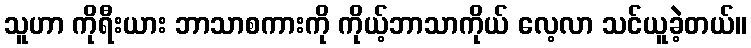
သူဟာ ကိုရီးယား ဘာသာစကားကို ကိုယ့်ဘာသာကိုယ် လေ့လာ သင်ယူခဲ့တယ်။